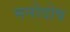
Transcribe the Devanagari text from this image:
मनोदोष